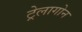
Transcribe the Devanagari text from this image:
ट्रेलागोन